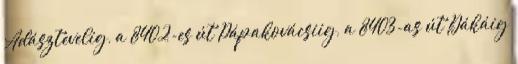
Adásztevelig, a 8402-es út Pápakovácsiig, a 8403-as út Dákáig